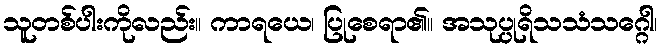
သူတစ်ပါးကိုလည်း။ ကာရယေ၊ ပြုစေရာ၏။ အသုပ္ပုရိသသံသဂ္ဂေါ၊